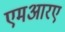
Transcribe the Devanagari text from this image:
एमआरए